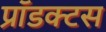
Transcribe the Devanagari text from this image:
प्रॉडक्टस